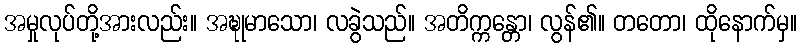
အမှုလုပ်တို့အားလည်း။ အဍ္ဎုမာသော၊ လခွဲသည်။ အတိက္ကန္တော၊ လွန်၏။ တတော၊ ထိုနောက်မှ။